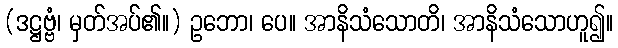
(ဒဋ္ဌဗ္ဗံ၊ မှတ်အပ်၏။) ဥဘော၊ ပေ။ အာနိသံသောတိ၊ အာနိသံသောဟူ၍။